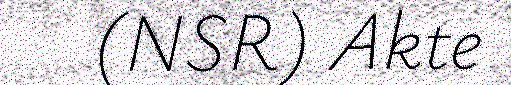
(NSR) Akte